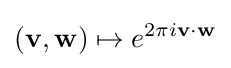
(\mathbf {v} ,\mathbf {w} )\mapsto e^{2\pi i\mathbf {v} \cdot \mathbf {w} }